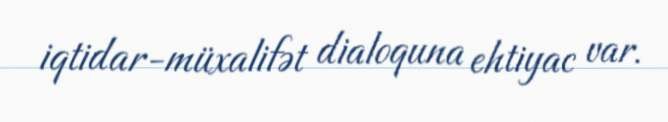
iqtidar-müxalifət dialoquna ehtiyac var.